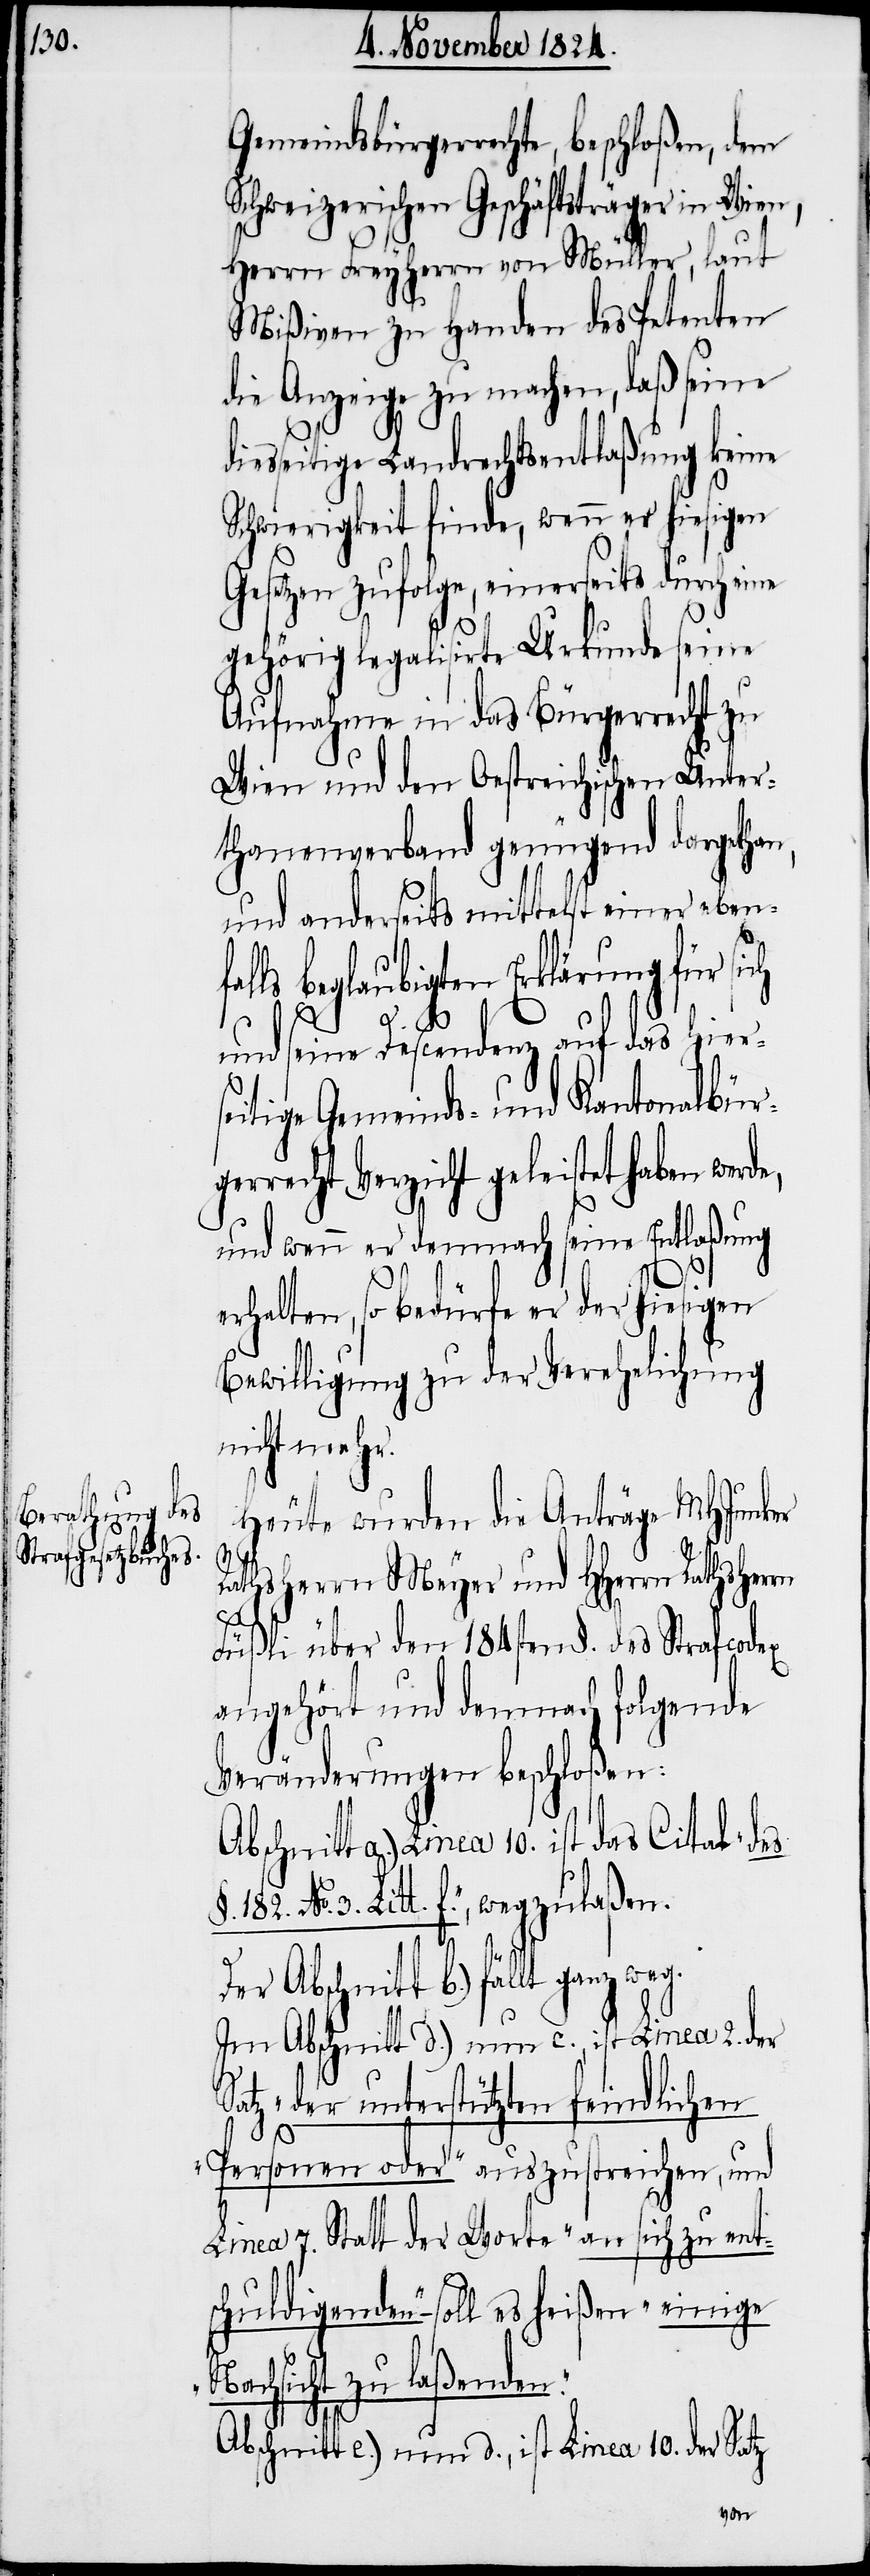
Gemeindsbürgerrechte, beschloßen, dem
Schweizerischen Geschäftsträger in Wien,
Herrn Freyherrn von Müller, laut
Mißiven zu Handen des Petenten
die Anzeige zu machen, daß seine
diesseitige Landrechtsentlaßung keine
Schwierigkeit finde, wenn er hiesigen
Gesetzen zufolge, einerseits durch eine
gehörig legalisirte Urkunde seine
Aufnahme in das Bürgerrecht zu
Wien und den Oestreichischen Unter¬
thanenverband genügend dargethan,
und anderseits mittelst einer eben¬
ls beglaubigten Erklärung für sich
de,
und seine Descendenz auf das hiers¬
eitige Gemeinds- und Kantonalbürg¬
errecht Verzicht geleistet haben wer¬
und wenn er demnach seine Entlaßung
erhalten, so bedürfe er der hiesigen
Bewilligung zu der Verehelichung
nicht mehr.
Heute wurden die Anträge MHJunker
No. 3.
Rathsherrn Meyer und HHerrn Rathsherrn
N¬
Füßli über den 184sten §. des Strafcodex
angehört und demnach folgende
Veränderungen beschloßen:
Abschnitt a.) Linea 10. ist das Citat „des
Litt. f.“, wegzulaßen.
Der Abschnitt b.) fällt ganz
Im Abschnitt d.) nun c., ist Linea 2. der
Satz „der unterstützten feindlichen
Personen oder“ auszustreichen, und
Linea 7. Statt der Worte „an sich zu ent¬
schuldigenden“ – soll es heißen „einige
achsicht zu laßenden“.
Abschnitt e.) nun d., ist Linea 10. der Satz